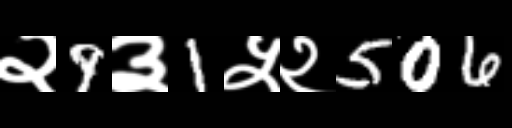
Text: २9३1५२506